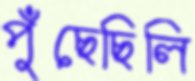
পুঁছেছিলি